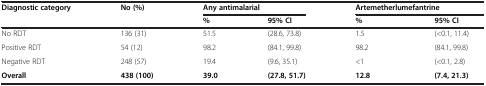
<table><thead><tr><td><b>Diagnostic category</b></td><td><b>No (%)</b></td><td colspan="2"><b>Any antimalarial</b></td><td colspan="2"><b>Artemetherlumefantrine</b></td></tr><tr><td>[EMPTY_CELL]</td><td>[EMPTY_CELL]</td><td><b>%</b></td><td><b>95% CI</b></td><td><b>%</b></td><td><b>95% CI</b></td></tr></thead><tbody><tr><td>No RDT</td><td>136 (31)</td><td>51.5</td><td>(28.6, 73.8)</td><td>1.5</td><td>(&lt;0.1, 11.4)</td></tr><tr><td>Positive RDT</td><td>54 (12)</td><td>98.2</td><td>(84.1, 99.8)</td><td>98.2</td><td>(84.1, 99.8)</td></tr><tr><td>Negative RDT</td><td>248 (57)</td><td>19.4</td><td>(9.6, 35.1)</td><td>&lt;1</td><td>(&lt;0.1, 2.8)</td></tr><tr><td><b>Overall</b></td><td><b>438 (100)</b></td><td><b>39.0</b></td><td><b>(27.8, 51.7)</b></td><td><b>12.8</b></td><td><b>(7.4, 21.3)</b></td></tr></tbody></table>